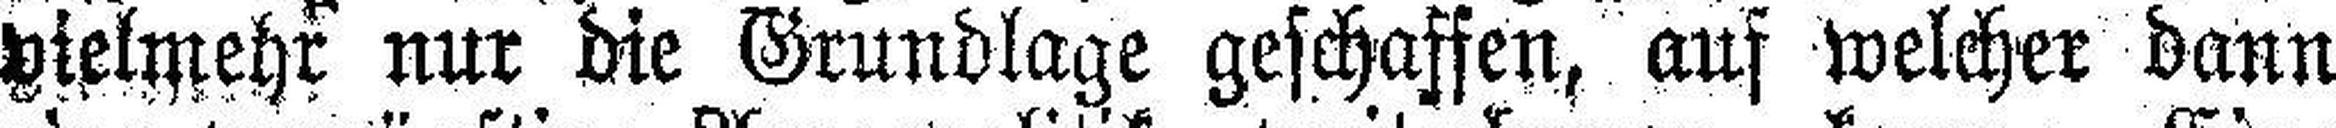
vielmehr nur die Grundlage geschaffen, auf welcher dann